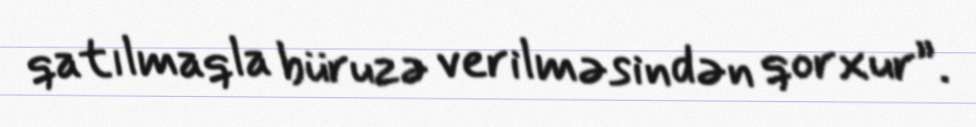
qatılmaqla büruzə verilməsindən qorxur”.